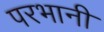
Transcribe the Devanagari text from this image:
परभानी